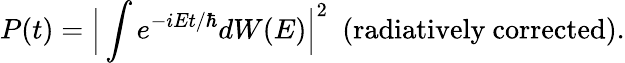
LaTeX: P(t)=\Big|\int e^{-iEt/\hbar}dW(E)\Big|^{2}\ \ (\mathrm{radiatively\ corrected}).